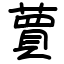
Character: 蕒